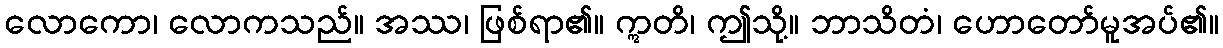
လောကော၊ လောကသည်။ အဿ၊ ဖြစ်ရာ၏။ ဣတိ၊ ဤသို့။ ဘာသိတံ၊ ဟောတော်မူအပ်၏။